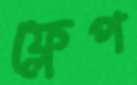
ফ্লেপ